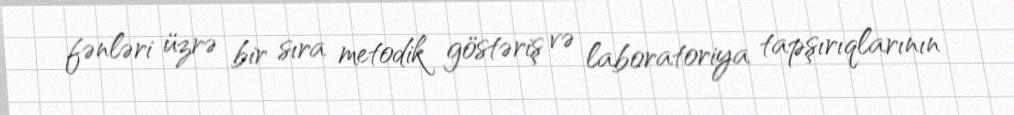
fənləri üzrə bir sıra metodik göstəriş və laboratoriya tapşırıqlarının